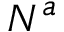
N ^ { a }